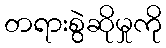
တရားစွဲဆိုမှုကို